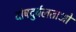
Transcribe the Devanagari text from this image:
दोषदुर्बलताओं